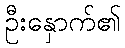
ဦးနှောက်၏